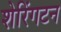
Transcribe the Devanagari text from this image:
शेरिंगटन